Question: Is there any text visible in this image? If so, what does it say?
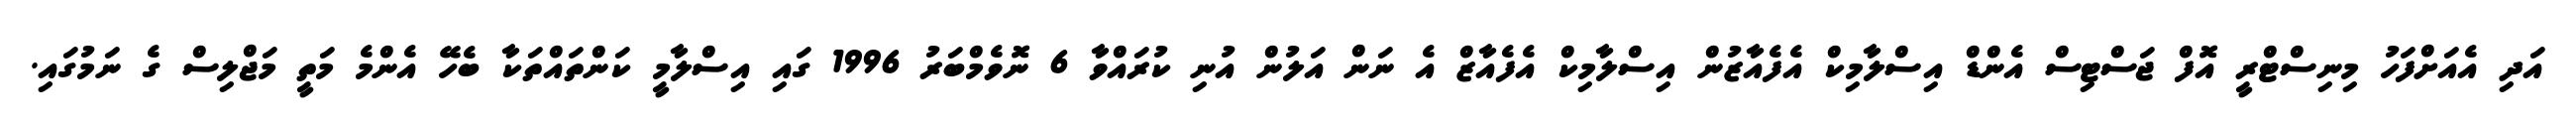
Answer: އަދި އެއަށްފަހު މިނިސްޓްރީ އޮފް ޖަސްޓިސް އެންޑް އިސްލާމިކް އެފެއާޒުން އިސްލާމިކް އެފެއާޒް އެ ނަން އަލުން އުނި ކުރައްވާ 6 ނޮވެމްބަރު 1996 ގައި އިސްލާމީ ކަންތައްތަކާ ބެހޭ އެންމެ މަތީ މަޖްލިސް ގެ ނަމުގައި.